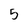
Character: 5